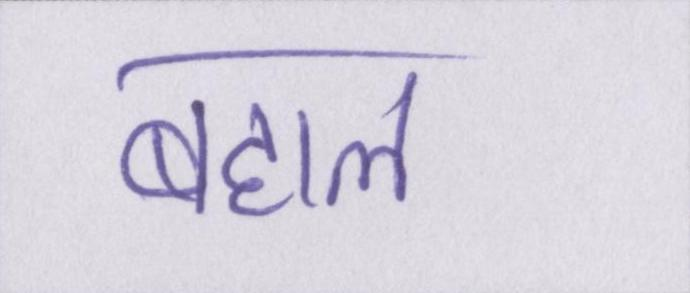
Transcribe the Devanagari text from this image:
बहाल